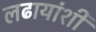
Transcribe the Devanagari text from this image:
लढायांशी